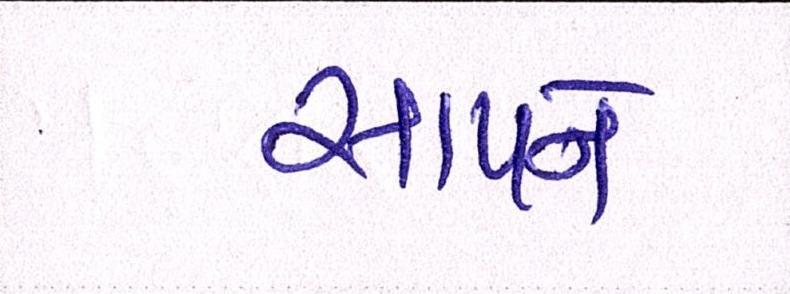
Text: સાપને